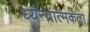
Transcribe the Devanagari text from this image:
ध्यन्यात्मकता